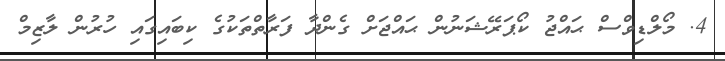
4. މޯލްޑިވްސް ޙައްޖު ކޯޕަރޭޝަނުން ޙައްޖަށް ގެންދާ ފަރާތްތަކުގެ ކިބައިގައި ހުރުން ލާޒިމް